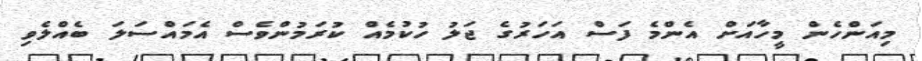
މިއަންހެން މީހާއަށް އެންމެ ފަސް އަހަރުގެ ޖަލު ހުކުމެއް ކުރަމުންވެސް އެމައްސަލަ ބެއްލެވި